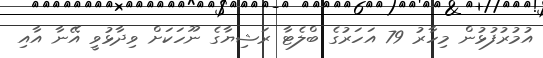
އުމުރުފުޅުން މިހާރު 79 އަހަރުގެ ބްލެޓާ ރަޝިޔާގެ ނޫހަކަށް ވިދާޅުވީ އޭނާ އާއި